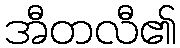
အီတလီ၏